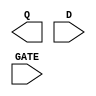
module sky130_fd_sc_hs__dlxtp (
    Q   ,
    D   ,
    GATE
);

    output Q   ;
    input  D   ;
    input  GATE;

    // Voltage supply signals
    supply1 VPWR;
    supply0 VGND;

endmodule